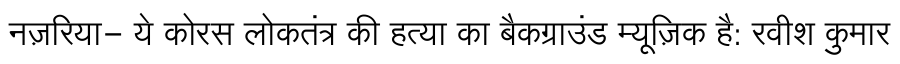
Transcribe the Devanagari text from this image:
नज़रिया- ये कोरस लोकतंत्र की हत्या का बैकग्राउंड म्यूज़िक है: रवीश कुमार